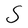
Character: S